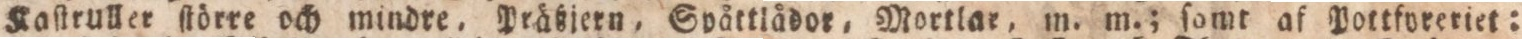
Kaſtruller ſtörre och mindre, Präßjern, Spåttlådor, Mortlar, m. m.; ſomt af Pottforeriet: